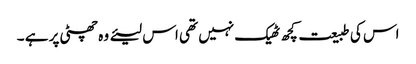
اس کی طبیعت کچھ ٹھیک نہیں تھی اس لیئے وہ چھٹی پر ہے ۔